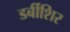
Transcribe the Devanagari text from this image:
डर्बीशिर